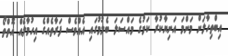
އިބްތިހާލަށް މަންމަ އަނިޔާކުރާ ކަމުގެ މައްސަލަ ބެލުމުގައި އެއްވެސް ފަރާތެއްގެ އިހުމާލެއް އޮތްތޯ